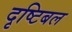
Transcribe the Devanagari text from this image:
दृष्टिबल